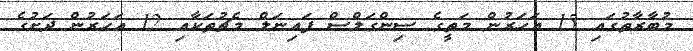
މުބާރާތުގައި 15 އަހަރުން މަތީގެ ސިންގަލްސް ފައިނަލް މެޗުތަކާއި 12 އަހަރުން ދަށުގެ